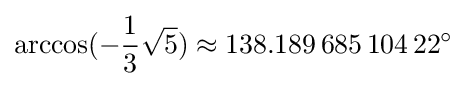
\arccos(-{\frac {1}{3}}{\sqrt {5}})\approx 138.189\,685\,104\,22^{\circ }